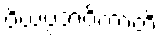
ပိယပ္ပဘဝိကာတိ